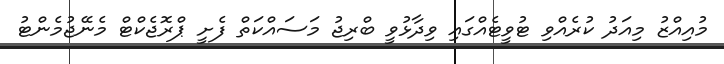
މުއިއްޒު މިއަދު ކުރެއްވި ޓުވީޓެއްގައި ވިދާޅުވީ ބްރިޖު މަސައްކަތް ފެށީ ޕްރޮޖެކްޓް މެނޭޖުމެންޓު